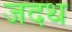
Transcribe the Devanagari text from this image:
जदथ